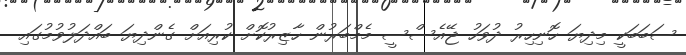
ސަބަބަކީ މިދިޔަ ހޮނިހިރު ދުވަހު ޖޭއެސްސީ މެމްބަރުން ހާޒިރުކޮށް ކުރިއަށް ގެންދިޔަ ބައްދަލުވުމުގައި